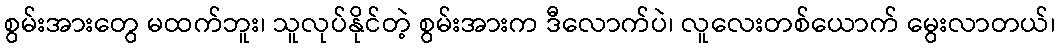
စွမ်းအားတွေ မထက်ဘူး၊ သူလုပ်နိုင်တဲ့ စွမ်းအားက ဒီလောက်ပဲ၊ လူလေးတစ်ယောက် မွေးလာတယ်၊